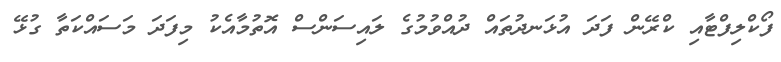
ފޯކްލިފްޓާއި ކްރޭން ފަދަ އުޅަނދުތައް ދުއްވުމުގެ ލައިސަންސް އޮތުމާއެކު މިފަދަ މަސައްކަތާ ގުޅޭ